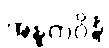
အန္ဓကဝိန္ဒံ